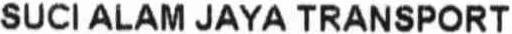
SUCI ALAM JAYA TRANSPORT